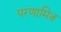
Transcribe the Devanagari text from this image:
परणामित्र